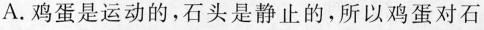
A.鸡蛋是运动的，石头是静止的，所以鸡蛋对石